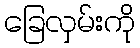
ခြေလှမ်းကို